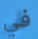
في